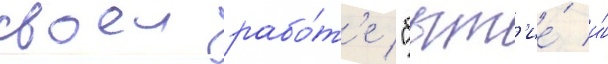
своеи рабо́т'е "быт'ие́ и́